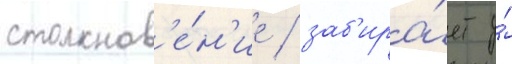
столкнов'е́н'ие / заб'ира́ет у́